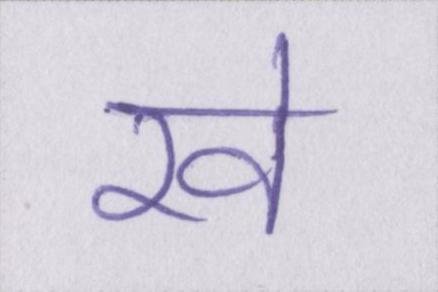
रवे